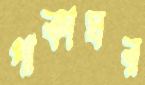
পাকাঘর